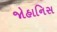
જોહાનિસ